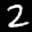
Label: 2